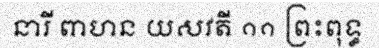
នារី ពាហន យសវតី ១១ ព្រះពុទ្ធ